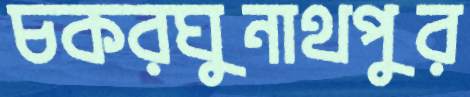
চকরঘুনাথপুর